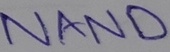
Text: NAND